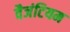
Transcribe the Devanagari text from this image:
वैजंटियम